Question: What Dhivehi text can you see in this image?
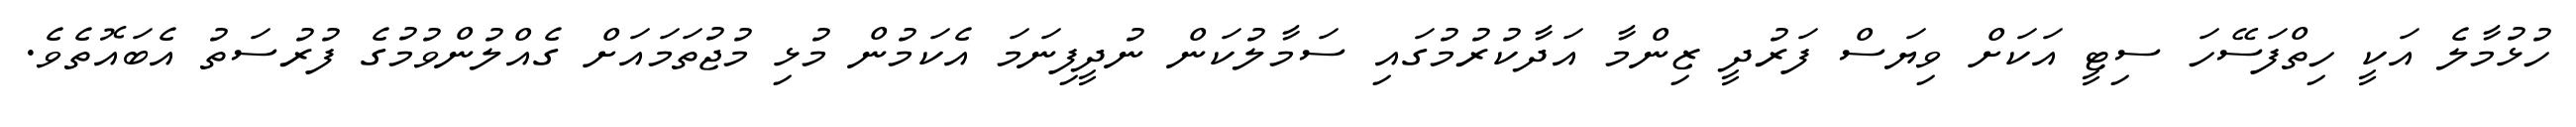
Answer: ހުޅުމާލެ އަކީ ހިތްފަސޭހަ ސިޓީ އަކަށް ވިޔަސް ފަރުދީ ޒިންމާ އަދާކުރުމުގައި ސަމާލުކަން ނުދީފިނަމަ އެކަމުން މުޅި މުޖުތަމައަށް ގެއްލުންވުމުގެ ފުރުސަތު އެބައޮތެވެ.